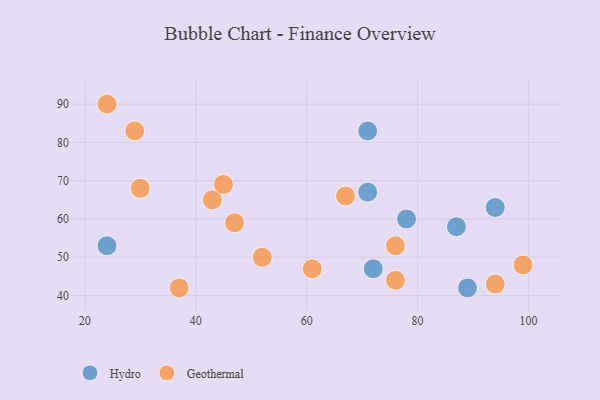
{"axis": {"x": "GDP", "y": "Life Expectancy"}, "legend": ["Geothermal", "Hydro"], "data": [{"x": "94", "y": 63, "type": "Hydro"}, {"x": "89", "y": 42, "type": "Hydro"}, {"x": "71", "y": 83, "type": "Hydro"}, {"x": "72", "y": 47, "type": "Hydro"}, {"x": "87", "y": 58, "type": "Hydro"}, {"x": "24", "y": 53, "type": "Hydro"}, {"x": "78", "y": 60, "type": "Hydro"}, {"x": "71", "y": 67, "type": "Hydro"}, {"x": "99", "y": 48, "type": "Geothermal"}, {"x": "29", "y": 83, "type": "Geothermal"}, {"x": "94", "y": 43, "type": "Geothermal"}, {"x": "24", "y": 90, "type": "Geothermal"}, {"x": "67", "y": 66, "type": "Geothermal"}, {"x": "76", "y": 44, "type": "Geothermal"}, {"x": "47", "y": 59, "type": "Geothermal"}, {"x": "61", "y": 47, "type": "Geothermal"}, {"x": "37", "y": 42, "type": "Geothermal"}, {"x": "30", "y": 68, "type": "Geothermal"}, {"x": "76", "y": 53, "type": "Geothermal"}, {"x": "52", "y": 50, "type": "Geothermal"}, {"x": "43", "y": 65, "type": "Geothermal"}, {"x": "45", "y": 69, "type": "Geothermal"}]}